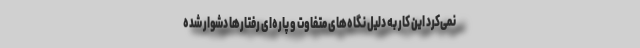
نمی‌کرد این کار به دلیل نگاه‌های متفاوت و پاره‌ای رفتارها دشوار شده